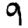
Digit: 9